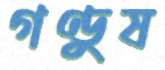
গণ্ডুষ